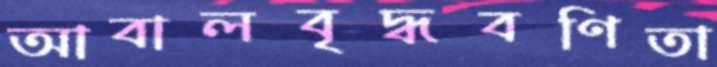
আবালবৃদ্ধবণিতা